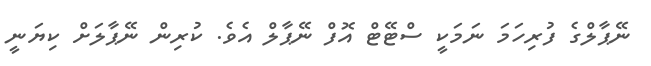
ނޭޕާލްގެ ފުރިހަމަ ނަމަކީ ސްޓޭޓް އޮފް ނޭޕާލް އެވެ. ކުރިން ނޭޕާލަށް ކިޔަނީ